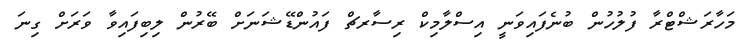
މަހާރަޝްޓްރާ ފުލުހުން ބުނެފައިވަނީ އިސްލާމިކް ރިސާރޗް ފައުންޑޭޝަނަށް ބޭރުން ލިބިފައިވާ ވަރަށް ގިނަ